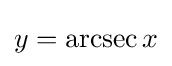
y=\operatorname {arcsec} x